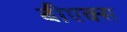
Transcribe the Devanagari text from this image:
बीएक्स